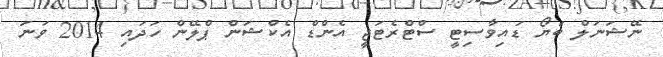
ނޭޝަނަލް ބަޔޯ ޑައިވާސިޓީ ސްޓްރެޓަޖީ އެންޑް އެކްޝަން ޕްލޭން ހަދައި 2014 ވަނަ